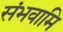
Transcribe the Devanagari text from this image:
संभवामि